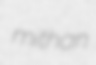
mithan